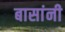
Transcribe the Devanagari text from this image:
बासांनी